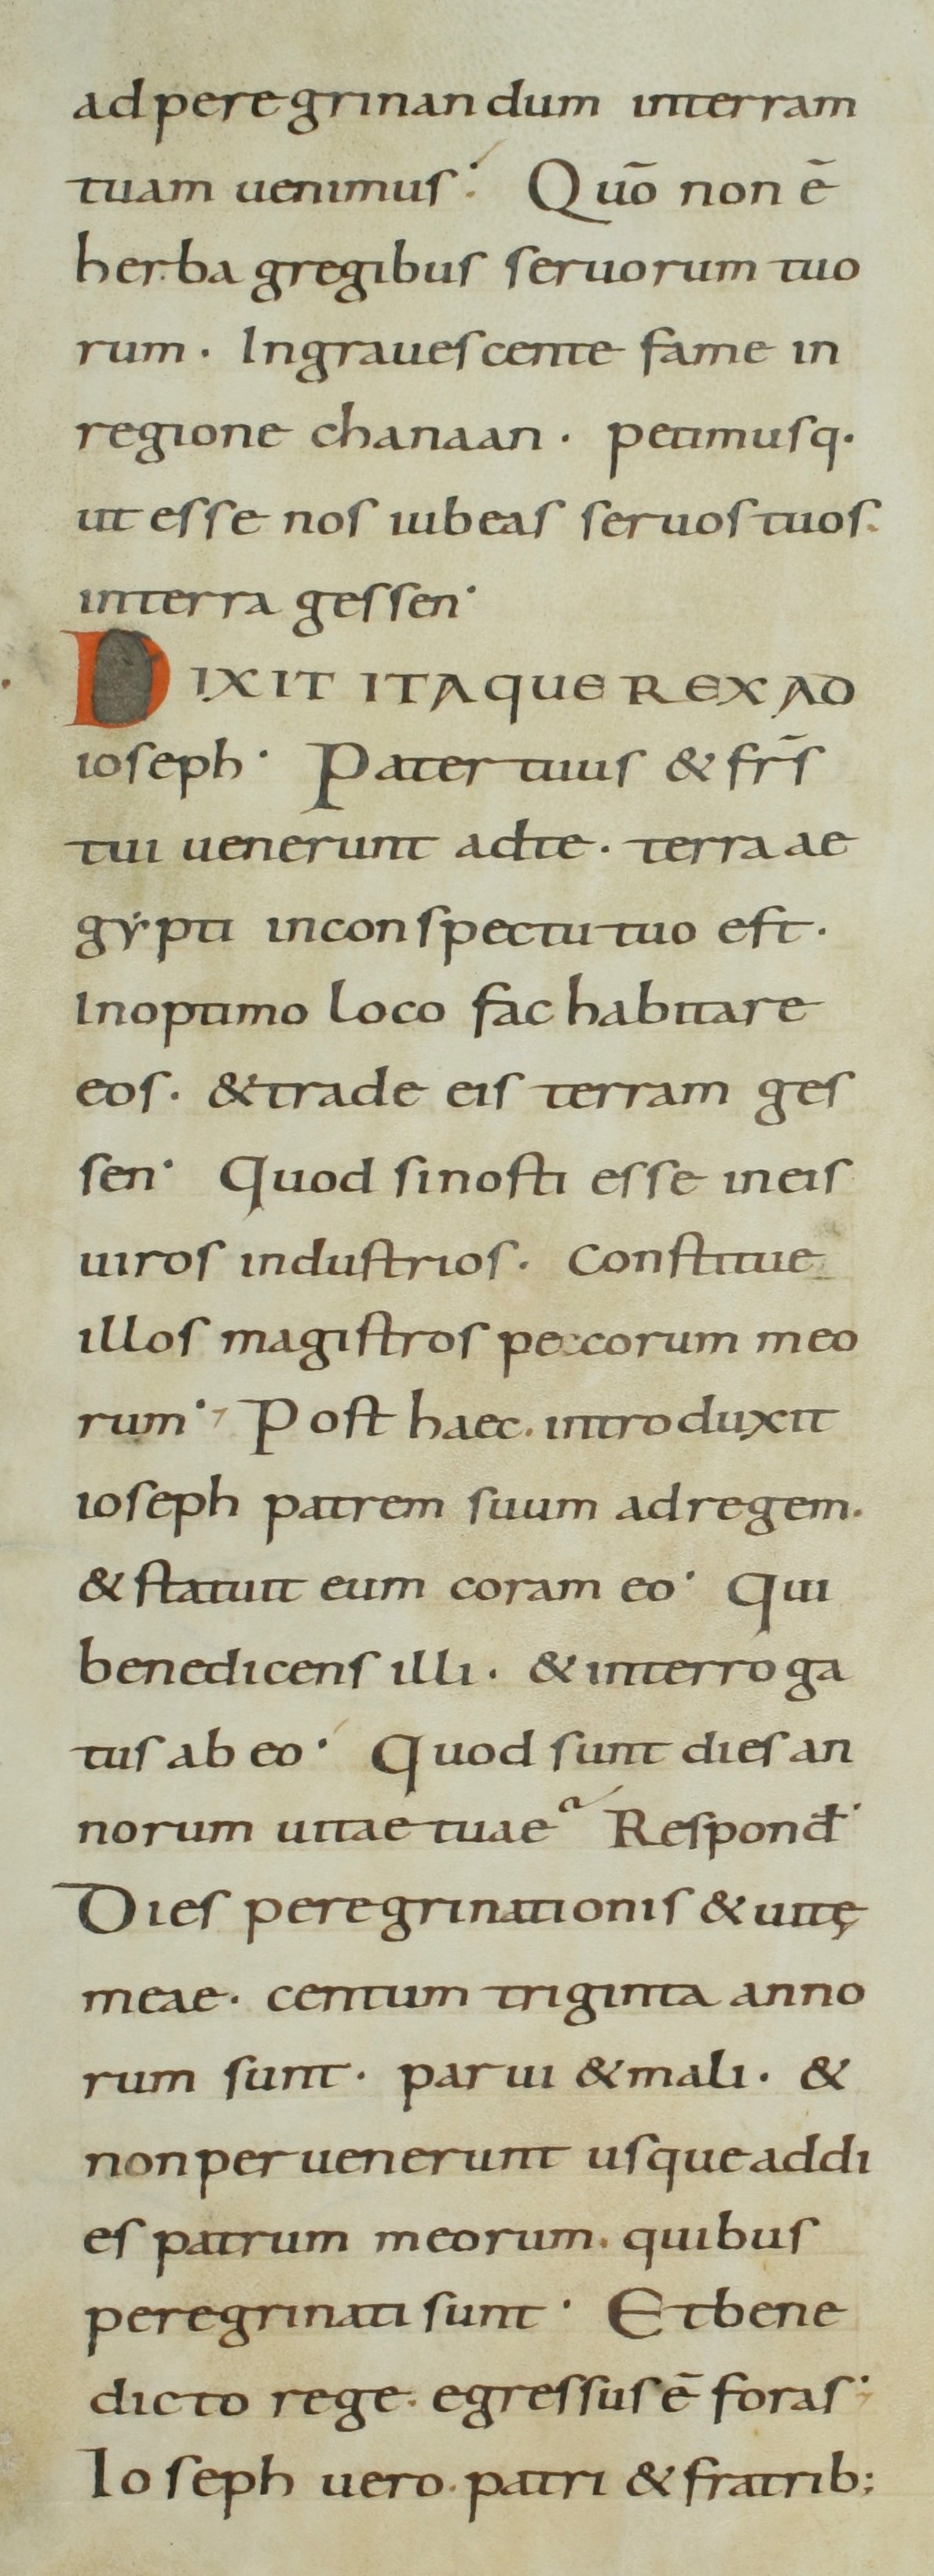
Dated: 800–899